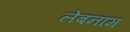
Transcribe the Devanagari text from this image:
लेबनाम